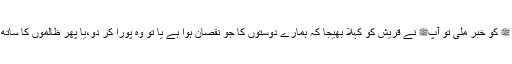
رسول اللہ ﷺ کو خبر ملی تو آپﷺ نے قریش کو کہلا بھیجا کہ ہمارے دوستوں کا جو نقصان ہوا ہے یا تو وہ پورا کر دو،یا پھر ظالموں کا ساتھ چھوڑ دو۔